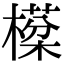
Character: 㯣